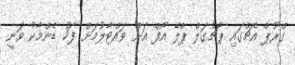
ގްރޫޕް އެޗްގައި ޕޯޗުގަލް ޕްލޭ އޯފް އަށް ވައްޓާލުމަށް ފަހު ޑެންމާކު ވަނީ